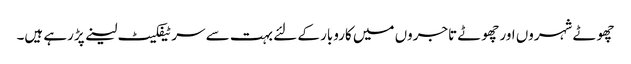
چھوٹے شہروں اور چھوٹے تاجروں میں کاروبار کے لئے بہت سے سرٹیفکیٹ لینے پڑرہے ہیں۔